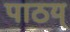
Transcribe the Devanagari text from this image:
पाठय्‌